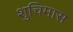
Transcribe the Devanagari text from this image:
शुचिमास